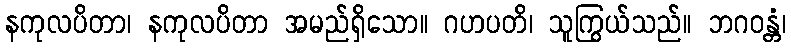
နကုလပိတာ၊ နကုလပိတာ အမည်ရှိသော။ ဂဟပတိ၊ သူကြွယ်သည်။ ဘဂဝန္တံ၊